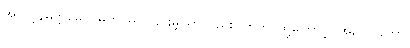
အလုဗ္ဘနမတ္တမေဝ၊ မတပ်မက်ခြင်းမျှသာတည်း။ ဣတိ၊ ထို့ကြောင့်။ အလောဘော၊